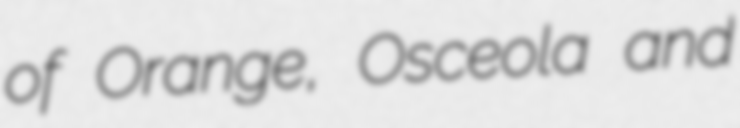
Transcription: of Orange, Osceola and